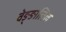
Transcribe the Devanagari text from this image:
वेङ्ङालिल